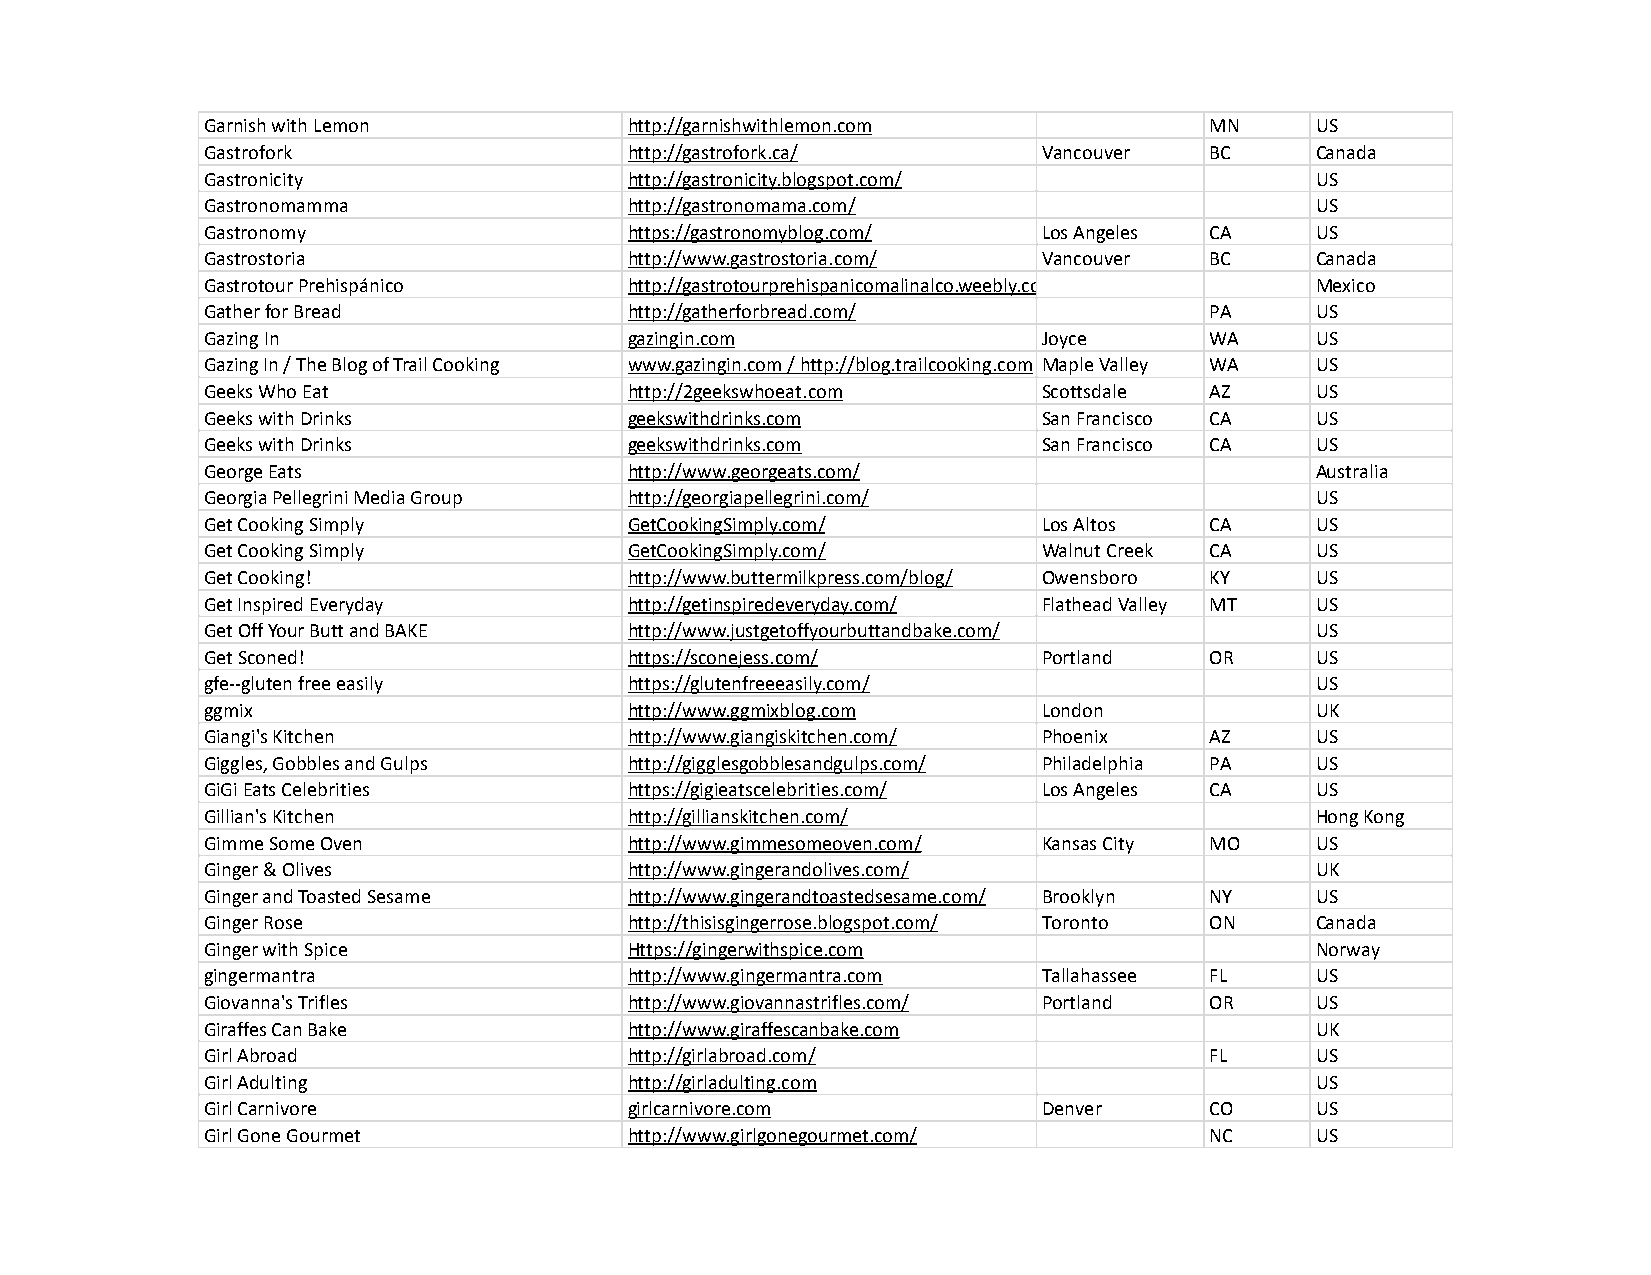
Garnish with Lemon          http://garnishwithlemon.com           MN     US
 Gastrofork                  http://gastrofork.ca/      Vancouver  BC     Canada
 Gastronicity                http://gastronicity.blogspot.com/            US
 Gastronomamma               http://gastronomama.com/                     US
 Gastronomy                  https://gastronomyblog.com/ Los Angeles CA   US
 Gastrostoria                http://www.gastrostoria.com/ Vancouver BC    Canada
 Gastrotour Prehispánico     http://gastrotourprehispanicomalinalco.weebly.com/ Mexico
 Gather for Bread            http://gatherforbread.com/            PA     US
 Gazing In                   gazingin.com               Joyce      WA     US
 Gazing In / The Blog of Trail Cooking www.gazingin.com / http://blog.trailcooking.com Maple Valley WA US
 Geeks Who Eat               http://2geekswhoeat.com    Scottsdale AZ     US
 Geeks with Drinks           geekswithdrinks.com        San Francisco CA  US
 Geeks with Drinks           geekswithdrinks.com        San Francisco CA  US
 George Eats                 http://www.georgeats.com/                    Australia
 Georgia Pellegrini Media Group http://georgiapellegrini.com/             US
 Get Cooking Simply          GetCookingSimply.com/      Los Altos  CA     US
 Get Cooking Simply          GetCookingSimply.com/      Walnut Creek CA   US
 Get Cooking!                http://www.buttermilkpress.com/blog/ Owensboro KY US
 Get Inspired Everyday       http://getinspiredeveryday.com/ Flathead Valley MT US
 Get Off Your Butt and BAKE  http://www.justgetoffyourbuttandbake.com/    US
 Get Sconed!                 https://sconejess.com/     Portland   OR     US
 gfe--gluten free easily     https://glutenfreeeasily.com/                US
 ggmix                       http://www.ggmixblog.com   London            UK
 Giangi's Kitchen            http://www.giangiskitchen.com/ Phoenix AZ    US
 Giggles, Gobbles and Gulps  http://gigglesgobblesandgulps.com/ Philadelphia PA US
 GiGi Eats Celebrities       https://gigieatscelebrities.com/ Los Angeles CA US
 Gillian's Kitchen           http://gillianskitchen.com/                  Hong Kong
 Gimme Some Oven             http://www.gimmesomeoven.com/ Kansas City MO US
 Ginger & Olives             http://www.gingerandolives.com/              UK
 Ginger and Toasted Sesame   http://www.gingerandtoastedsesame.com/ Brooklyn NY US
 Ginger Rose                 http://thisisgingerrose.blogspot.com/ Toronto ON Canada
 Ginger with Spice           Https://gingerwithspice.com                  Norway
 gingermantra                http://www.gingermantra.com Tallahassee FL   US
 Giovanna's Trifles          http://www.giovannastrifles.com/ Portland OR US
 Giraffes Can Bake           http://www.giraffescanbake.com               UK
 Girl Abroad                 http://girlabroad.com/                FL     US
 Girl Adulting               http://girladulting.com                      US
 Girl Carnivore              girlcarnivore.com          Denver     CO     US
 Girl Gone Gourmet           http://www.girlgonegourmet.com/       NC     US